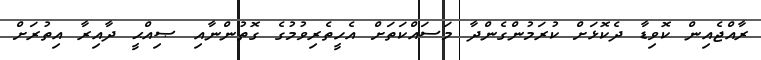
ރާއްޖެއިން ކޮވިޑާ ދެކޮޅަށް ކުރަމުންގެންދާ މަސައްކަތަށް އެހީތެރިވުމުގެ ގޮތުންނާއި ޞިއްޙީ ދާއިރާ އިތުރަށް